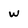
Character: w